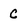
Character: C